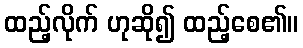
ထည့်လိုက် ဟုဆို၍ ထည့်စေ၏။